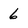
Character: 6